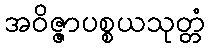
အဝိဇ္ဇာပစ္စယသုတ္တံ